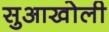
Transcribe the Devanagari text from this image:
सुआखोली